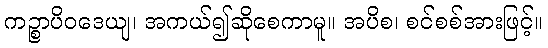
ကဉ္စာပိဝဒေယျ၊ အကယ်၍ဆိုစေကာမူ။ အပိစ၊ စင်စစ်အားဖြင့်။